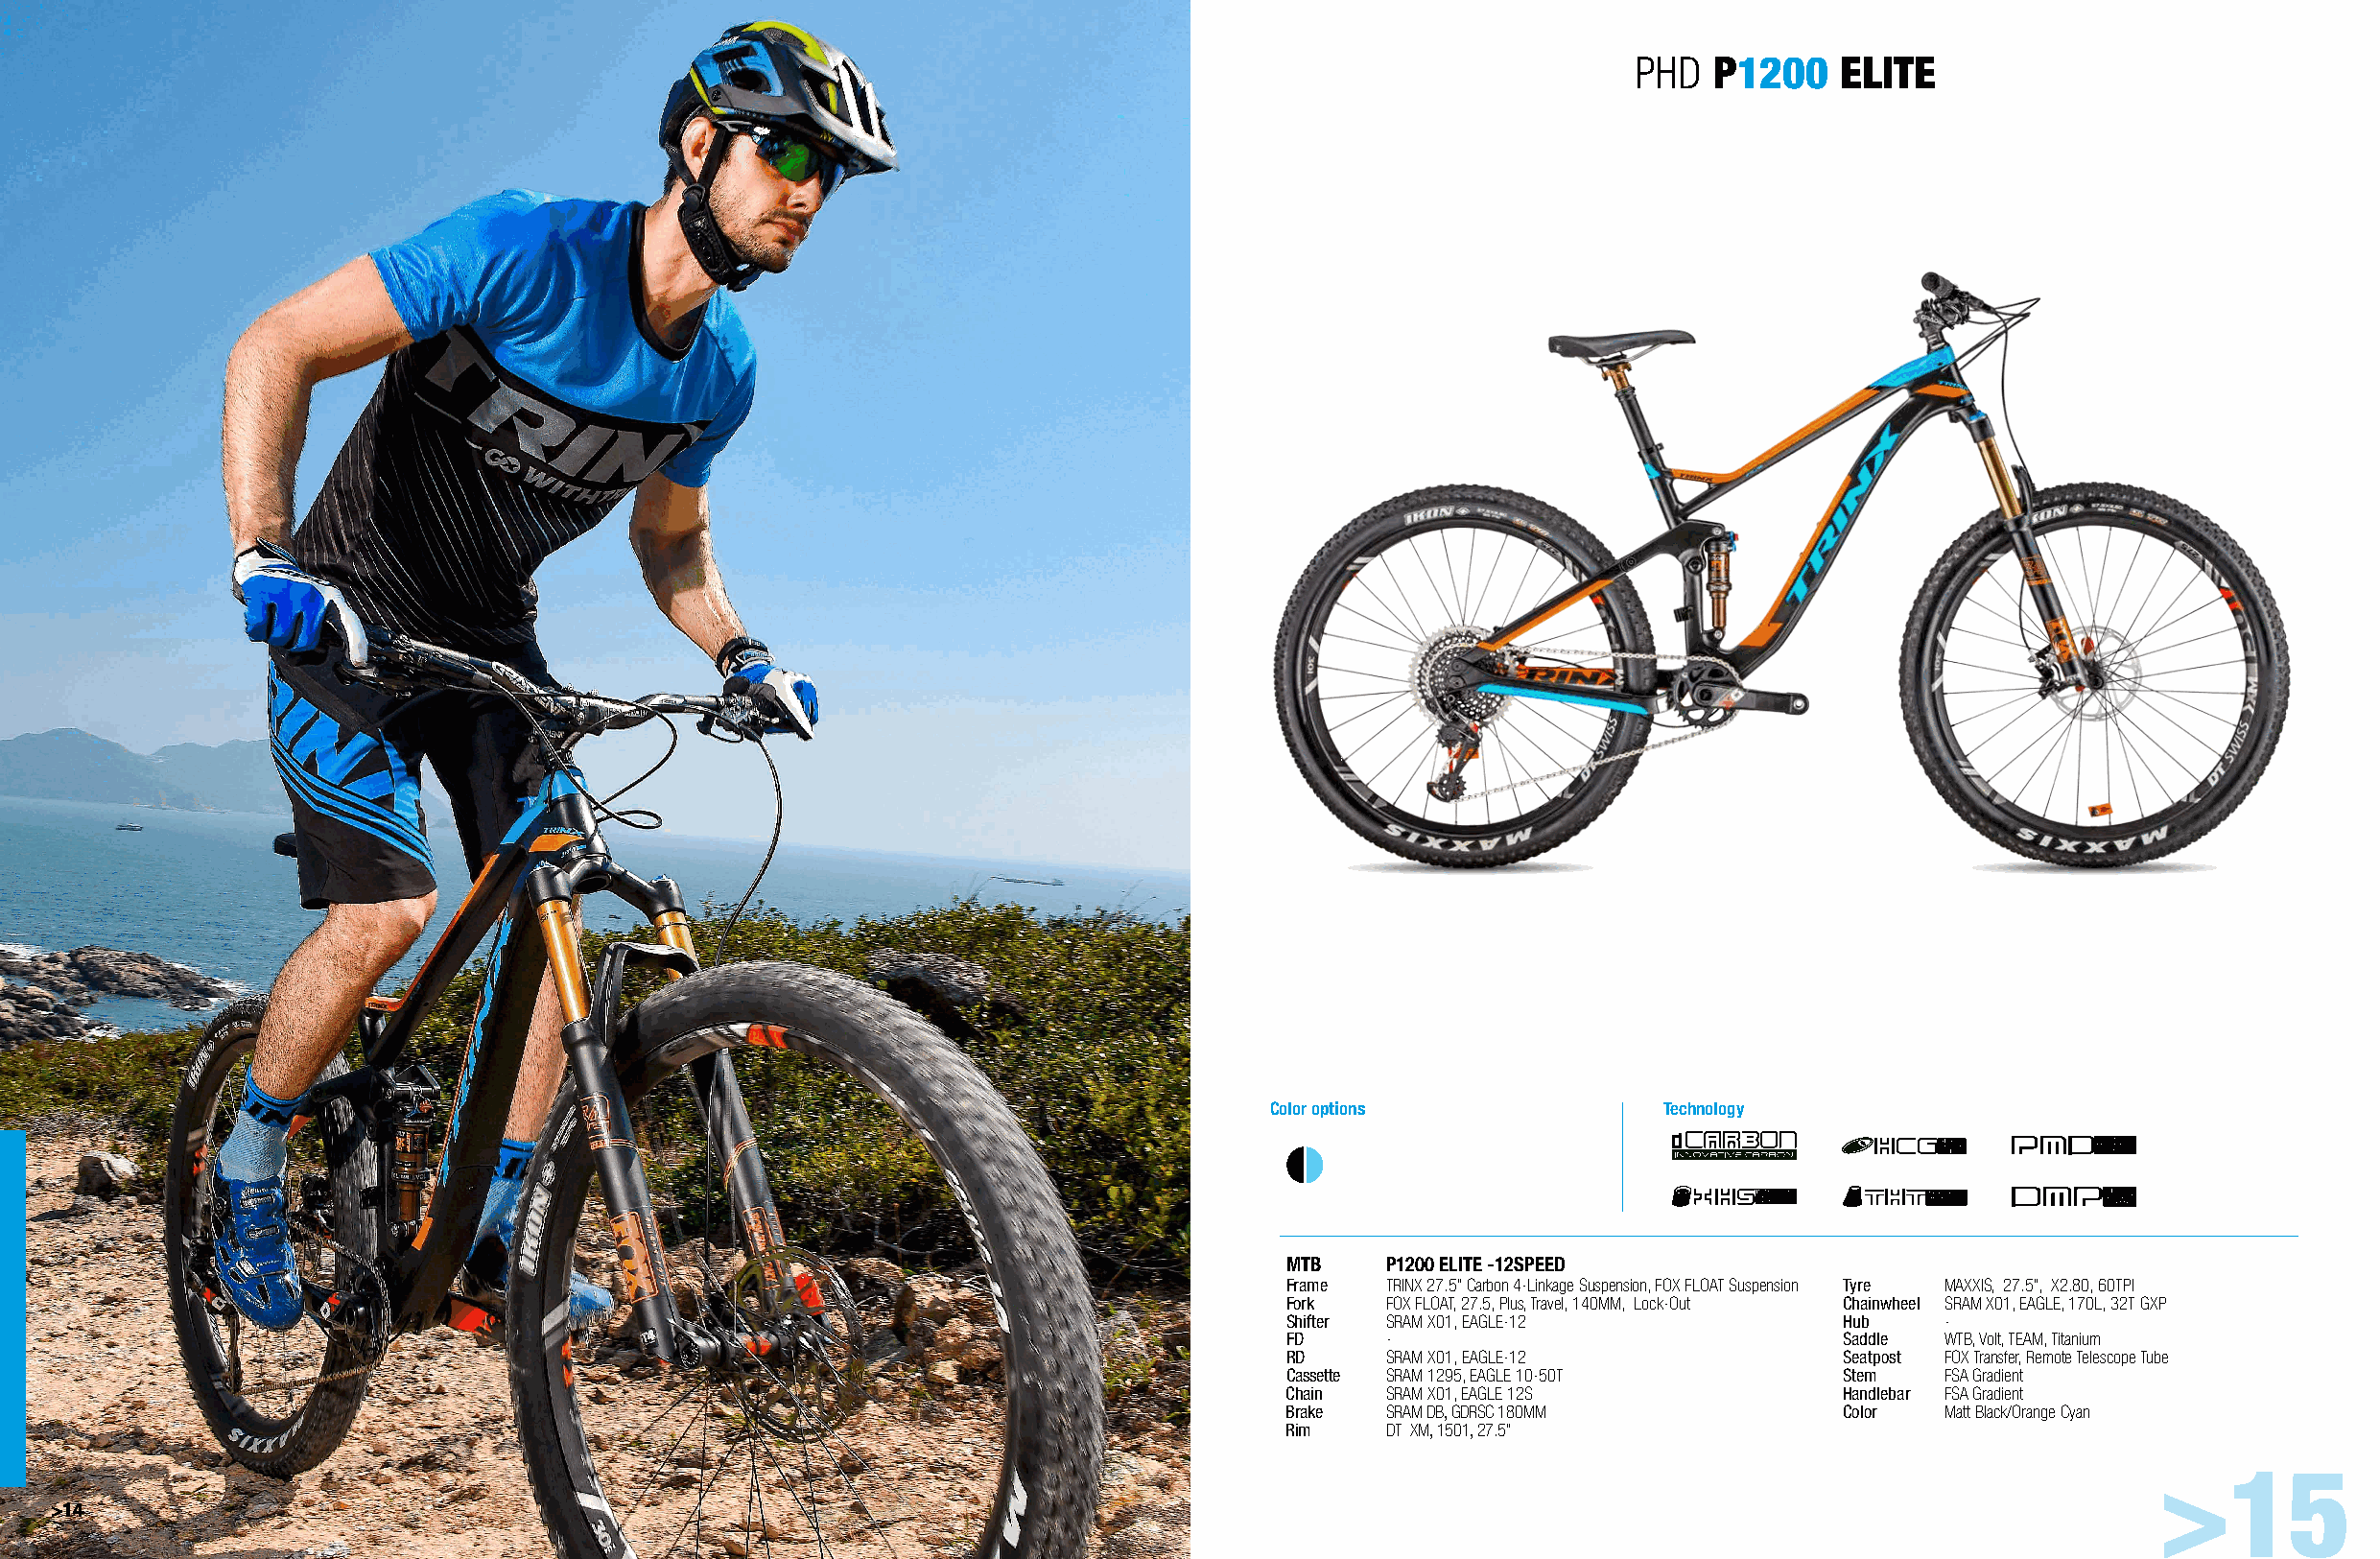
PHD  P1200    ELITE
 Color options              Technology
 MTB    P1200 ELITE -12SPEED
 Frame  TRINX 27.5” Carbon 4-Linkage Suspension, FOX FLOAT Suspension Tyre MAXXIS, 27.5”, X2.80, 60TPI
 Fork   FOX FLOAT, 27.5, Plus, Travel, 140MM, Lock-Out Chainwheel SRAM X01, EAGLE, 170L, 32T GXP
 Shifter SRAM X01, EAGLE-12            Hub    -
 FD     -                              Saddle WTB, Volt, TEAM, Titanium
 RD     SRAM X01, EAGLE-12             Seatpost FOX Transfer, Remote Telescope Tube
 Cassette SRAM 1295, EAGLE 10-50T      Stem   FSA Gradient
 Chain  SRAM X01, EAGLE 12S            Handlebar FSA Gradient
 Brake  SRAM DB, GDRSC 180MM           Color  Matt Black/Orange Cyan
 Rim    DT XM, 1501, 27.5”
 >15
 >14